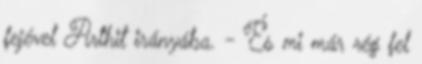
fejével Arthit irányába. - És mi már rég fel